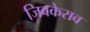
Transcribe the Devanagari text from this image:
जिबकेराव